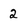
Character: 2